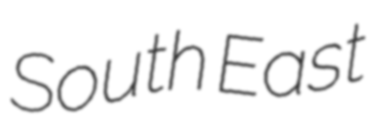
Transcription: South East